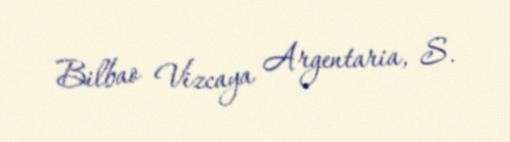
Bilbao Vizcaya Argentaria, S.